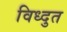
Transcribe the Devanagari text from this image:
विध्दुत